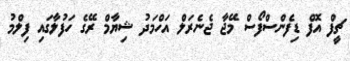
ޗީފް އޮފް ޑިފެންސްފޯސް މޭޖާ ޖެނެރަލް އަހްމަދު ޝިޔާމް ރޭގެ ހަފުލާގައި ފިލްމު